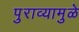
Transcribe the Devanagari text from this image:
पुराव्यामुळे